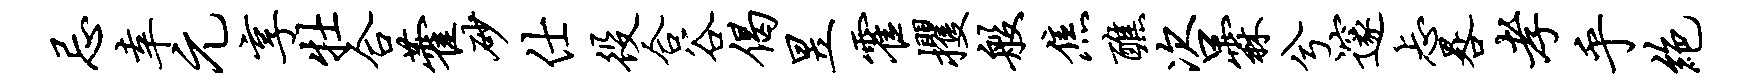
忌幸元享牡合藿砂仕役合谷偈昱霍攫般焦醮咨霖兮邃忐晷孝乎绝